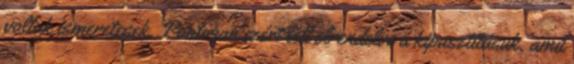
voltak ismeretesek. Pontosan ezért lett elrendelve a kipusztításuk, amit